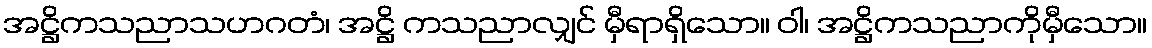
အဋ္ဌိကသညာသဟဂတံ၊ အဋ္ဌိ ကသညာလျှင် မှီရာရှိသော။ ဝါ၊ အဋ္ဌိကသညာကိုမှီသော။